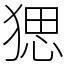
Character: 𤟧